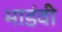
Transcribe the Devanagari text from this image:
भाडंवी